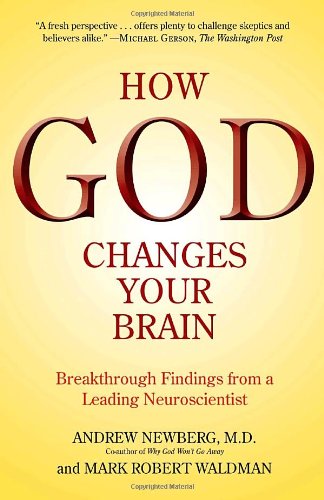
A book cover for How God Changes Your Brain: Breakthrough Findings from a Leading Neuroscientist; Andrew Newberg M.D.; Self-Help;